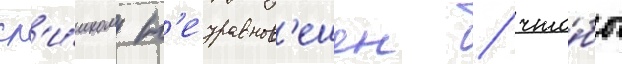
сл'и́шком н'еуравнов'ешен / что́бы